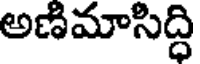
అణిమాసిద్ధి